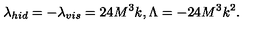
\lambda _ { h i d } = - \lambda _ { v i s } = 2 4 M ^ { 3 } k , \Lambda = - 2 4 M ^ { 3 } k ^ { 2 } .